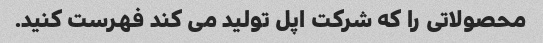
محصولاتی را که شرکت اپل تولید می کند فهرست کنید.